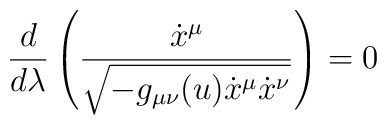
\frac{d}{d\lambda} \left(\frac{\dot{x}^\mu}{\sqrt{-g_{\mu\nu}(u) \dot{x}^\mu \dot{x}^\nu}}\right) = 0